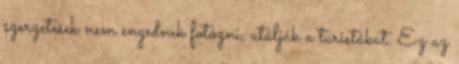
szerzetesek nem engednek fotózni, utálják a turistákat. Ez az